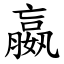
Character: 嬴